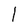
Character: 1